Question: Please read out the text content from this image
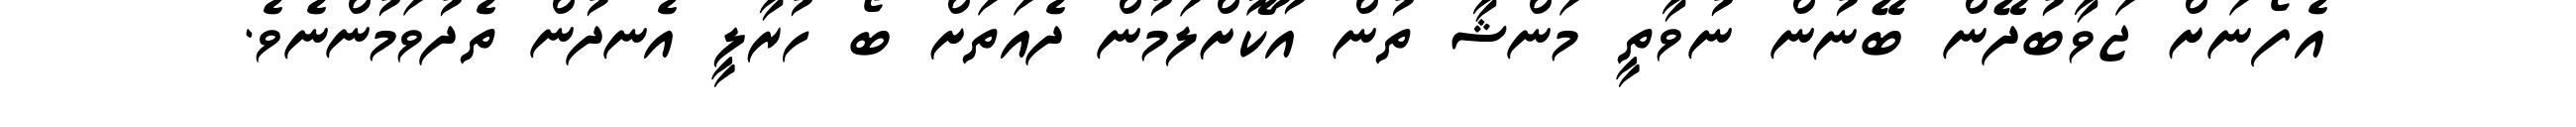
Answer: އެފޯނަށް ޖަވާބުދޭން ބޭނުން ނުވާތީ މަންޝާ ތުން އޫކޮށްލަމުން ދެއަތަށް ބޯ ހުރާލީ އެނދުން ތެދުވަމުންނެވެ.